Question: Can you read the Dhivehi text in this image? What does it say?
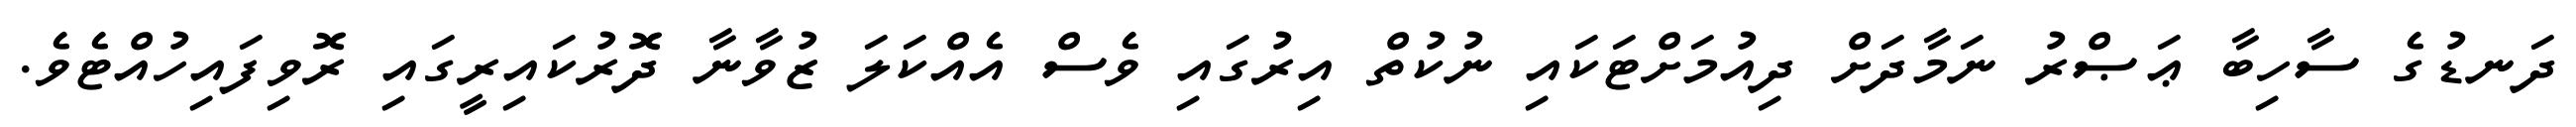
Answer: ދަނޑުގެ ސާހިބާ ޢަޞްރު ނަމާދަށް ދިއުމަށްޓަކައި ނުކުތް އިރުގައި ވެސް އެއްކަލަ ޒުވާނާ ދޮރުކައިރީގައި ރޮވިފައިހުއްޓެވެ.